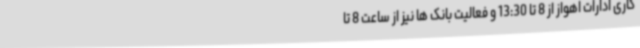
کاری ادارات اهواز از 8 تا 13:30 و فعالیت بانک ها نیز از ساعت 8 تا